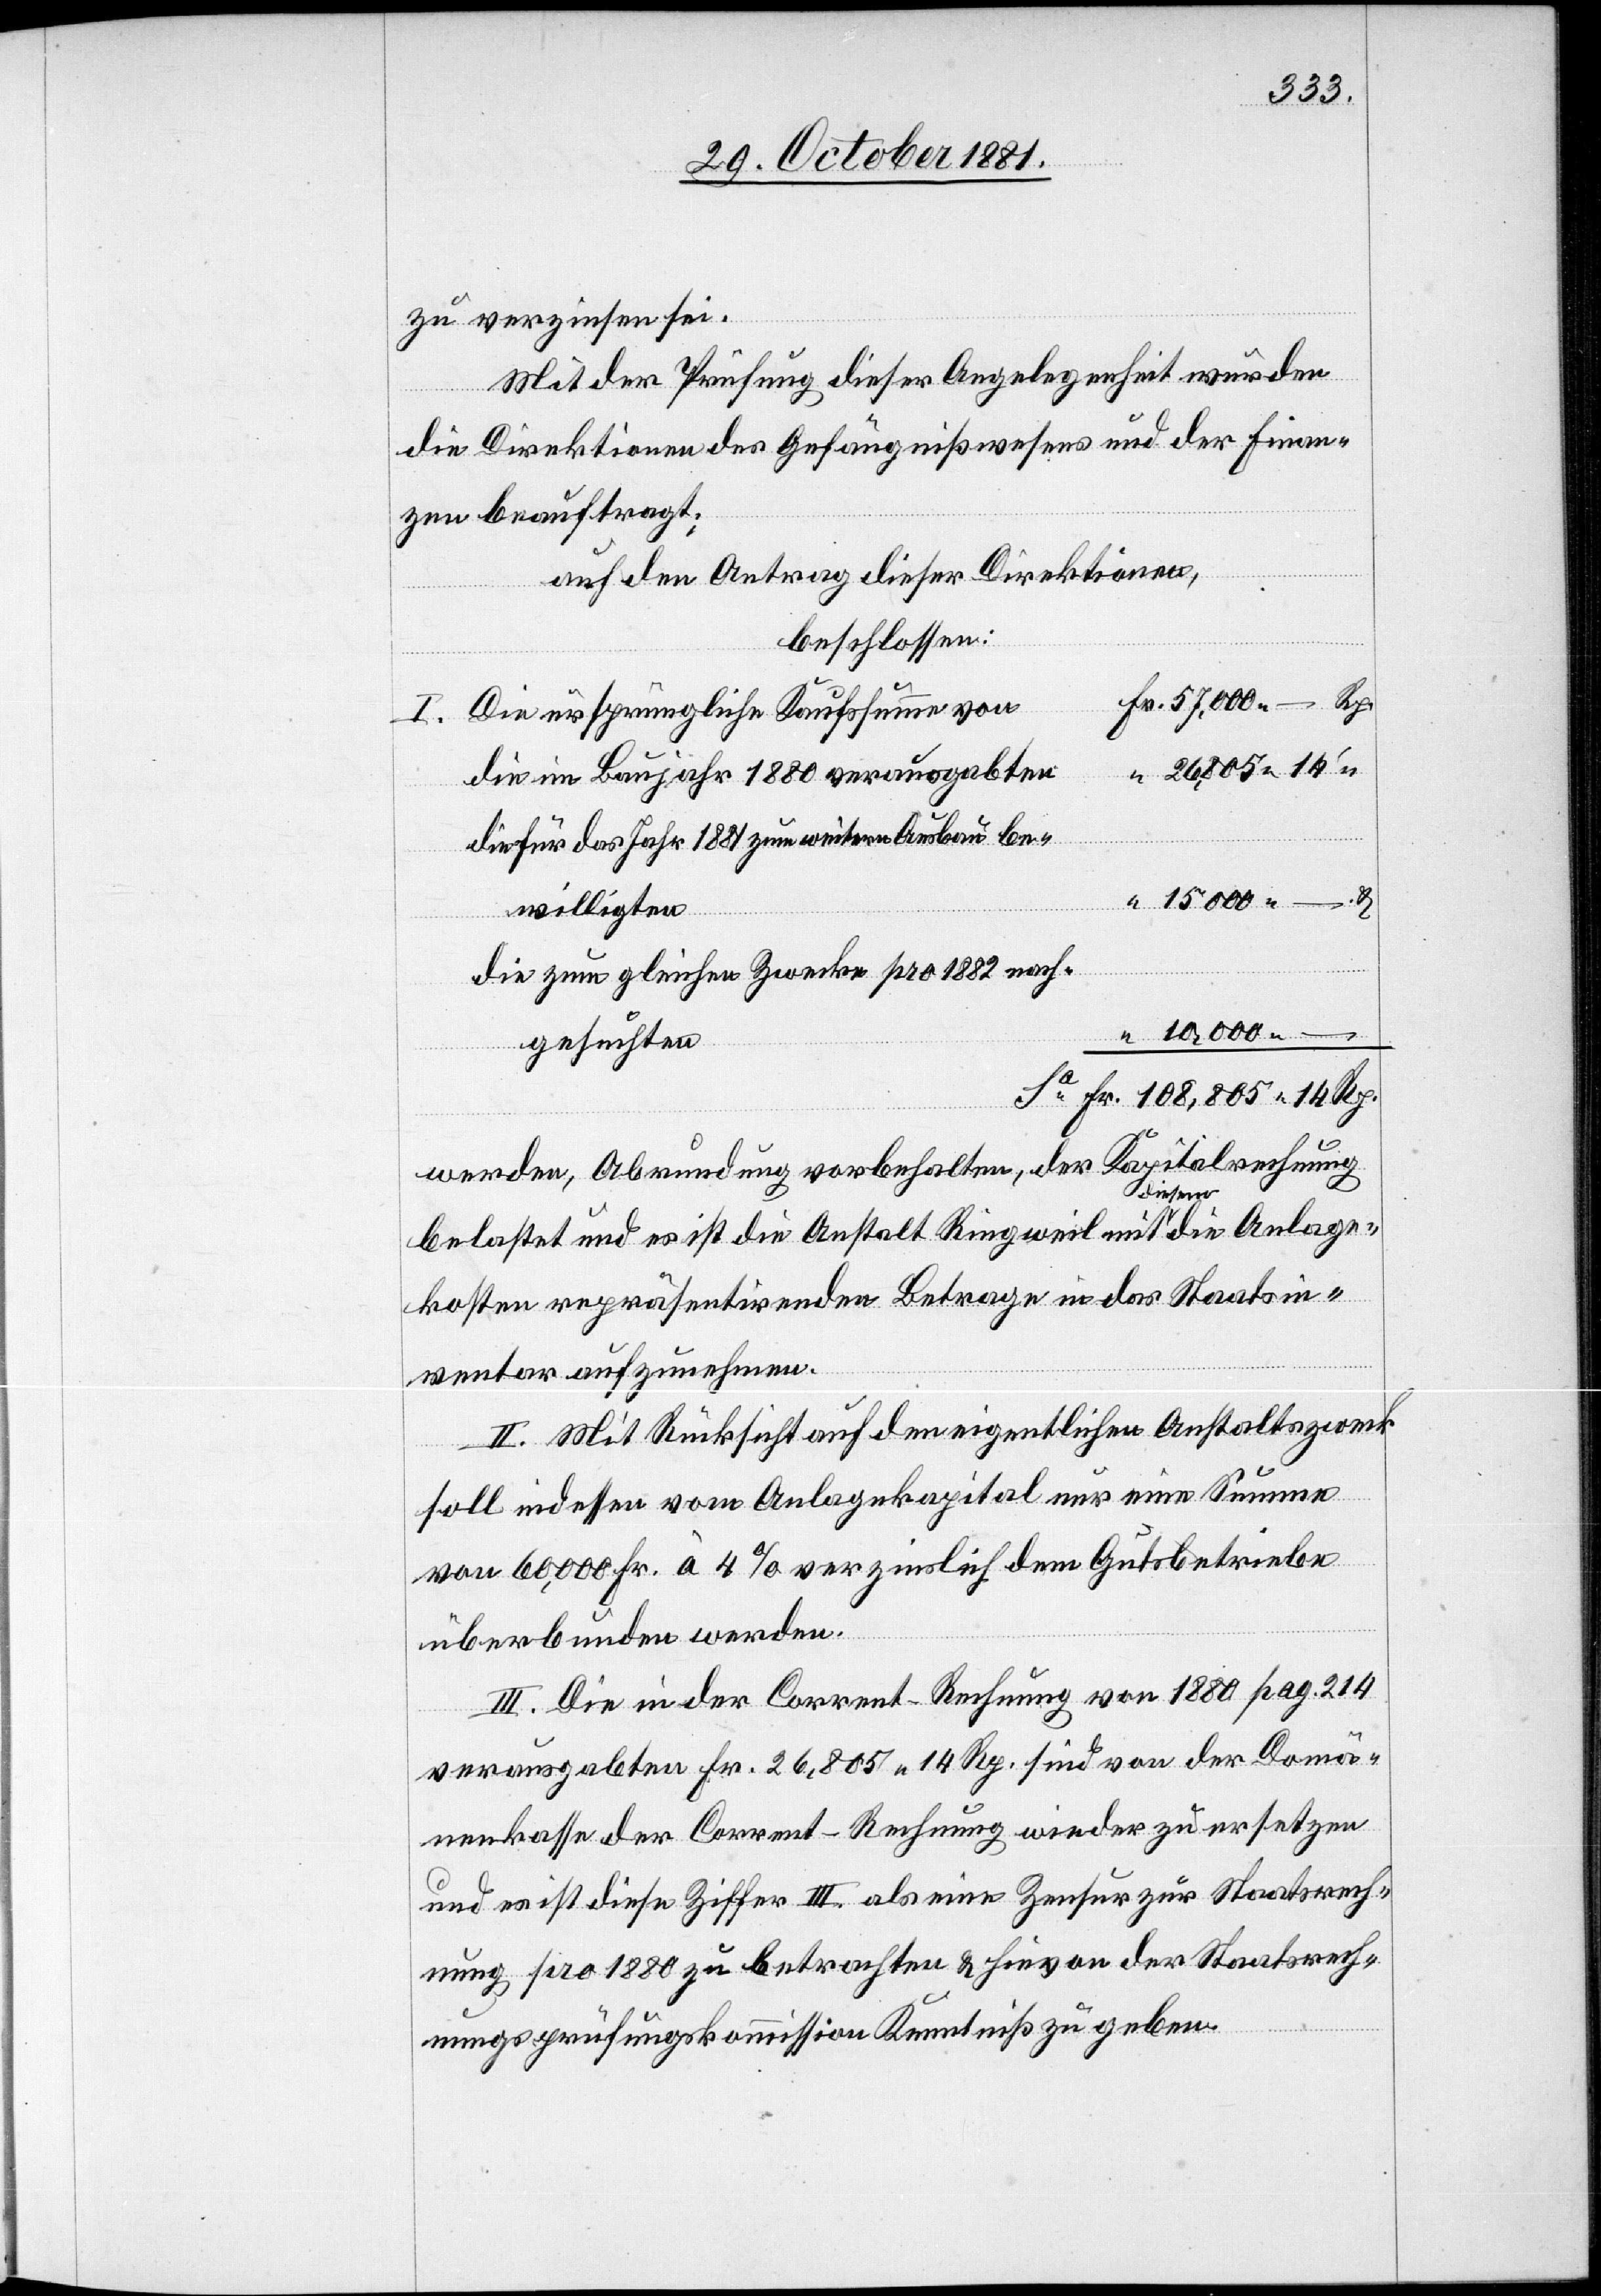
zu verzinsen sei.
Mit der Prüfung dieser Angelegenheit wurden
die Direktionen des Gefängnißwesens und der Finan¬
zen beauftragt;
auf den Antrag dieser Direktionen,
beschlossen:
57,000 – Rp.
I. Die ursprüngliche Kaufssumme von
“ 26,805 14
die im Baujahr 1880 verausgabten
die für das Jahr 1881 zum weitern Ausbau be¬
“ 15 000 –. &
willigten
die zum gleichen Zwecke pro 1882 nach¬
“ 10,000 –
gesuchten
Sa	Fr. 108,805 14 Rp.
pitalrechnung
werden, Abrundung vorbehalten, der Ka¬
belastet und es ist die Anstalt Ringweil mit diesem die Anlage¬
kosten repräsentirenden Betrage in das Staatsin¬
ventar aufzunehmen.
II. Mit Rücksicht auf den eigentlichen Anstaltszweck
soll indessen vom Anlagekapital nur eine Summe
von 60,000 Fr. à 4% verzinslich dem Gutsbetriebe
überbunden werden.
III. Die in der Corrent-Rechnung von 1880 pag. 214
verausgabten Fr. 26,805 14 Rp. sind von der Domä¬
nenkasse der Corrent-Rechnung wieder zu ersetzten
und es ist diese Ziffer III. als eine Zensur zur Staatsrech¬
nung pro 1880 zu betrachten & hievon der Staatsrech¬
nungsprüfungskommission Kenntniß zu geben.